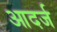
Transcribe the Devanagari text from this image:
आदर्ज